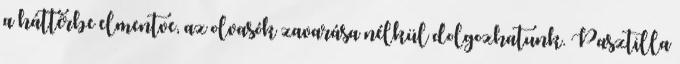
a háttérbe elmentve, az olvasók zavarása nélkül dolgozhatunk. Pasztilla